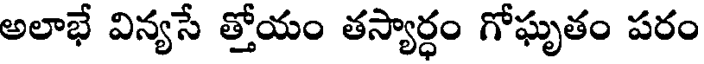
అలాభే విన్యసే త్తోయం తస్యార్ధం గోఘృతం పరం